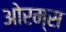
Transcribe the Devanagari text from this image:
ओरम्स